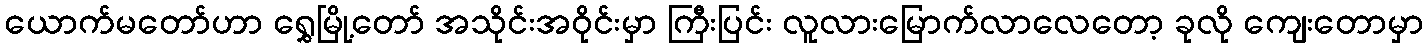
ယောက်မတော်ဟာ ရွှေမြို့တော် အသိုင်းအဝိုင်းမှာ ကြီးပြင်း လူလားမြောက်လာလေတော့ ခုလို ကျေးတောမှာ